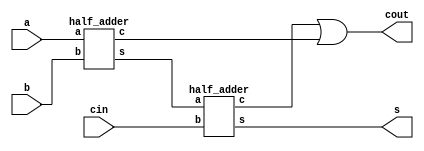
module FA (a, b, cin, s ,cout);
input a , b , cin;
output s , cout;
wire a,b,cin;
wire c1,c0;
wire sum,cout,s  ;
half_adder half_adder_00(a , b , c0, sum );
half_adder half_adder_01(sum , cin , c1 , s);
assign cout = c1 | c0;
endmodule
module half_adder (a, b, c, s);
input a,b;
output s,c;
wire a,b,c,s;
assign s = a ^ b;
assign c = a &b;
endmodule
module cong_8bit(  in1,in2  , S , Cout);
input [7:0]in1,in2; 
output [7:0]S ;
output Cout; 
wire [8:1] temp;

FA FA_0(in1[0], in2[0], 1'b0, S[0], temp[1]);
  FA FA_1(in1[1], in2[1], temp[1], S[1], temp[2]);
  FA FA_2(in1[2], in2[2], temp[2], S[2], temp[3]);
  FA FA_3(in1[3], in2[3], temp[3], S[3], temp[4]);
  FA FA_4(in1[4], in2[4], temp[4], S[4], temp[5]);
  FA FA_5(in1[5], in2[5], temp[5], S[5], temp[6]);
  FA FA_6(in1[6], in2[6], temp[6], S[6], temp[7]);
  FA FA_7(in1[7], in2[7], temp[7], S[7], temp[8]);
 
assign Cout=temp[8];
//assign S[8]=Cout;

endmodule 
module chia_4bit(
input [3:0]a,
output [3:0]b,
output c
);
wire [3:0]a1;
assign a1=4'b0101;
FA FA[3:0](.a(a[3:0]), .b(a1[3:0]), .cin(1'b1), .s(b) ,.cout(c) );

endmodule 
module t_bocong;
	reg [7:0]in1;
        reg [7:0]in2;
	wire [7:0]S;
         wire Cout;
       
parameter time_out = 100;
	cong_8bit z(.in1(in1),.in2(in2),.S(S),.Cout(Cout));
      
initial $monitor($time," so in1 %d , so in2 %d so s  %d ,dau  %b  ", in1,in2,S,Cout );
	initial begin

	#0 in1=8'b1000_0000;
           in2=8'b1000_0001;
        #10 in1=8'b0110_1010;
           in2=8'b0000_0111;
        #10 in1=8'b0010_1111;
           in2=8'b0000_0001;
        #10 in1=8'b0111_1111;
           in2=8'b0000_1101;
	
end 
endmodule